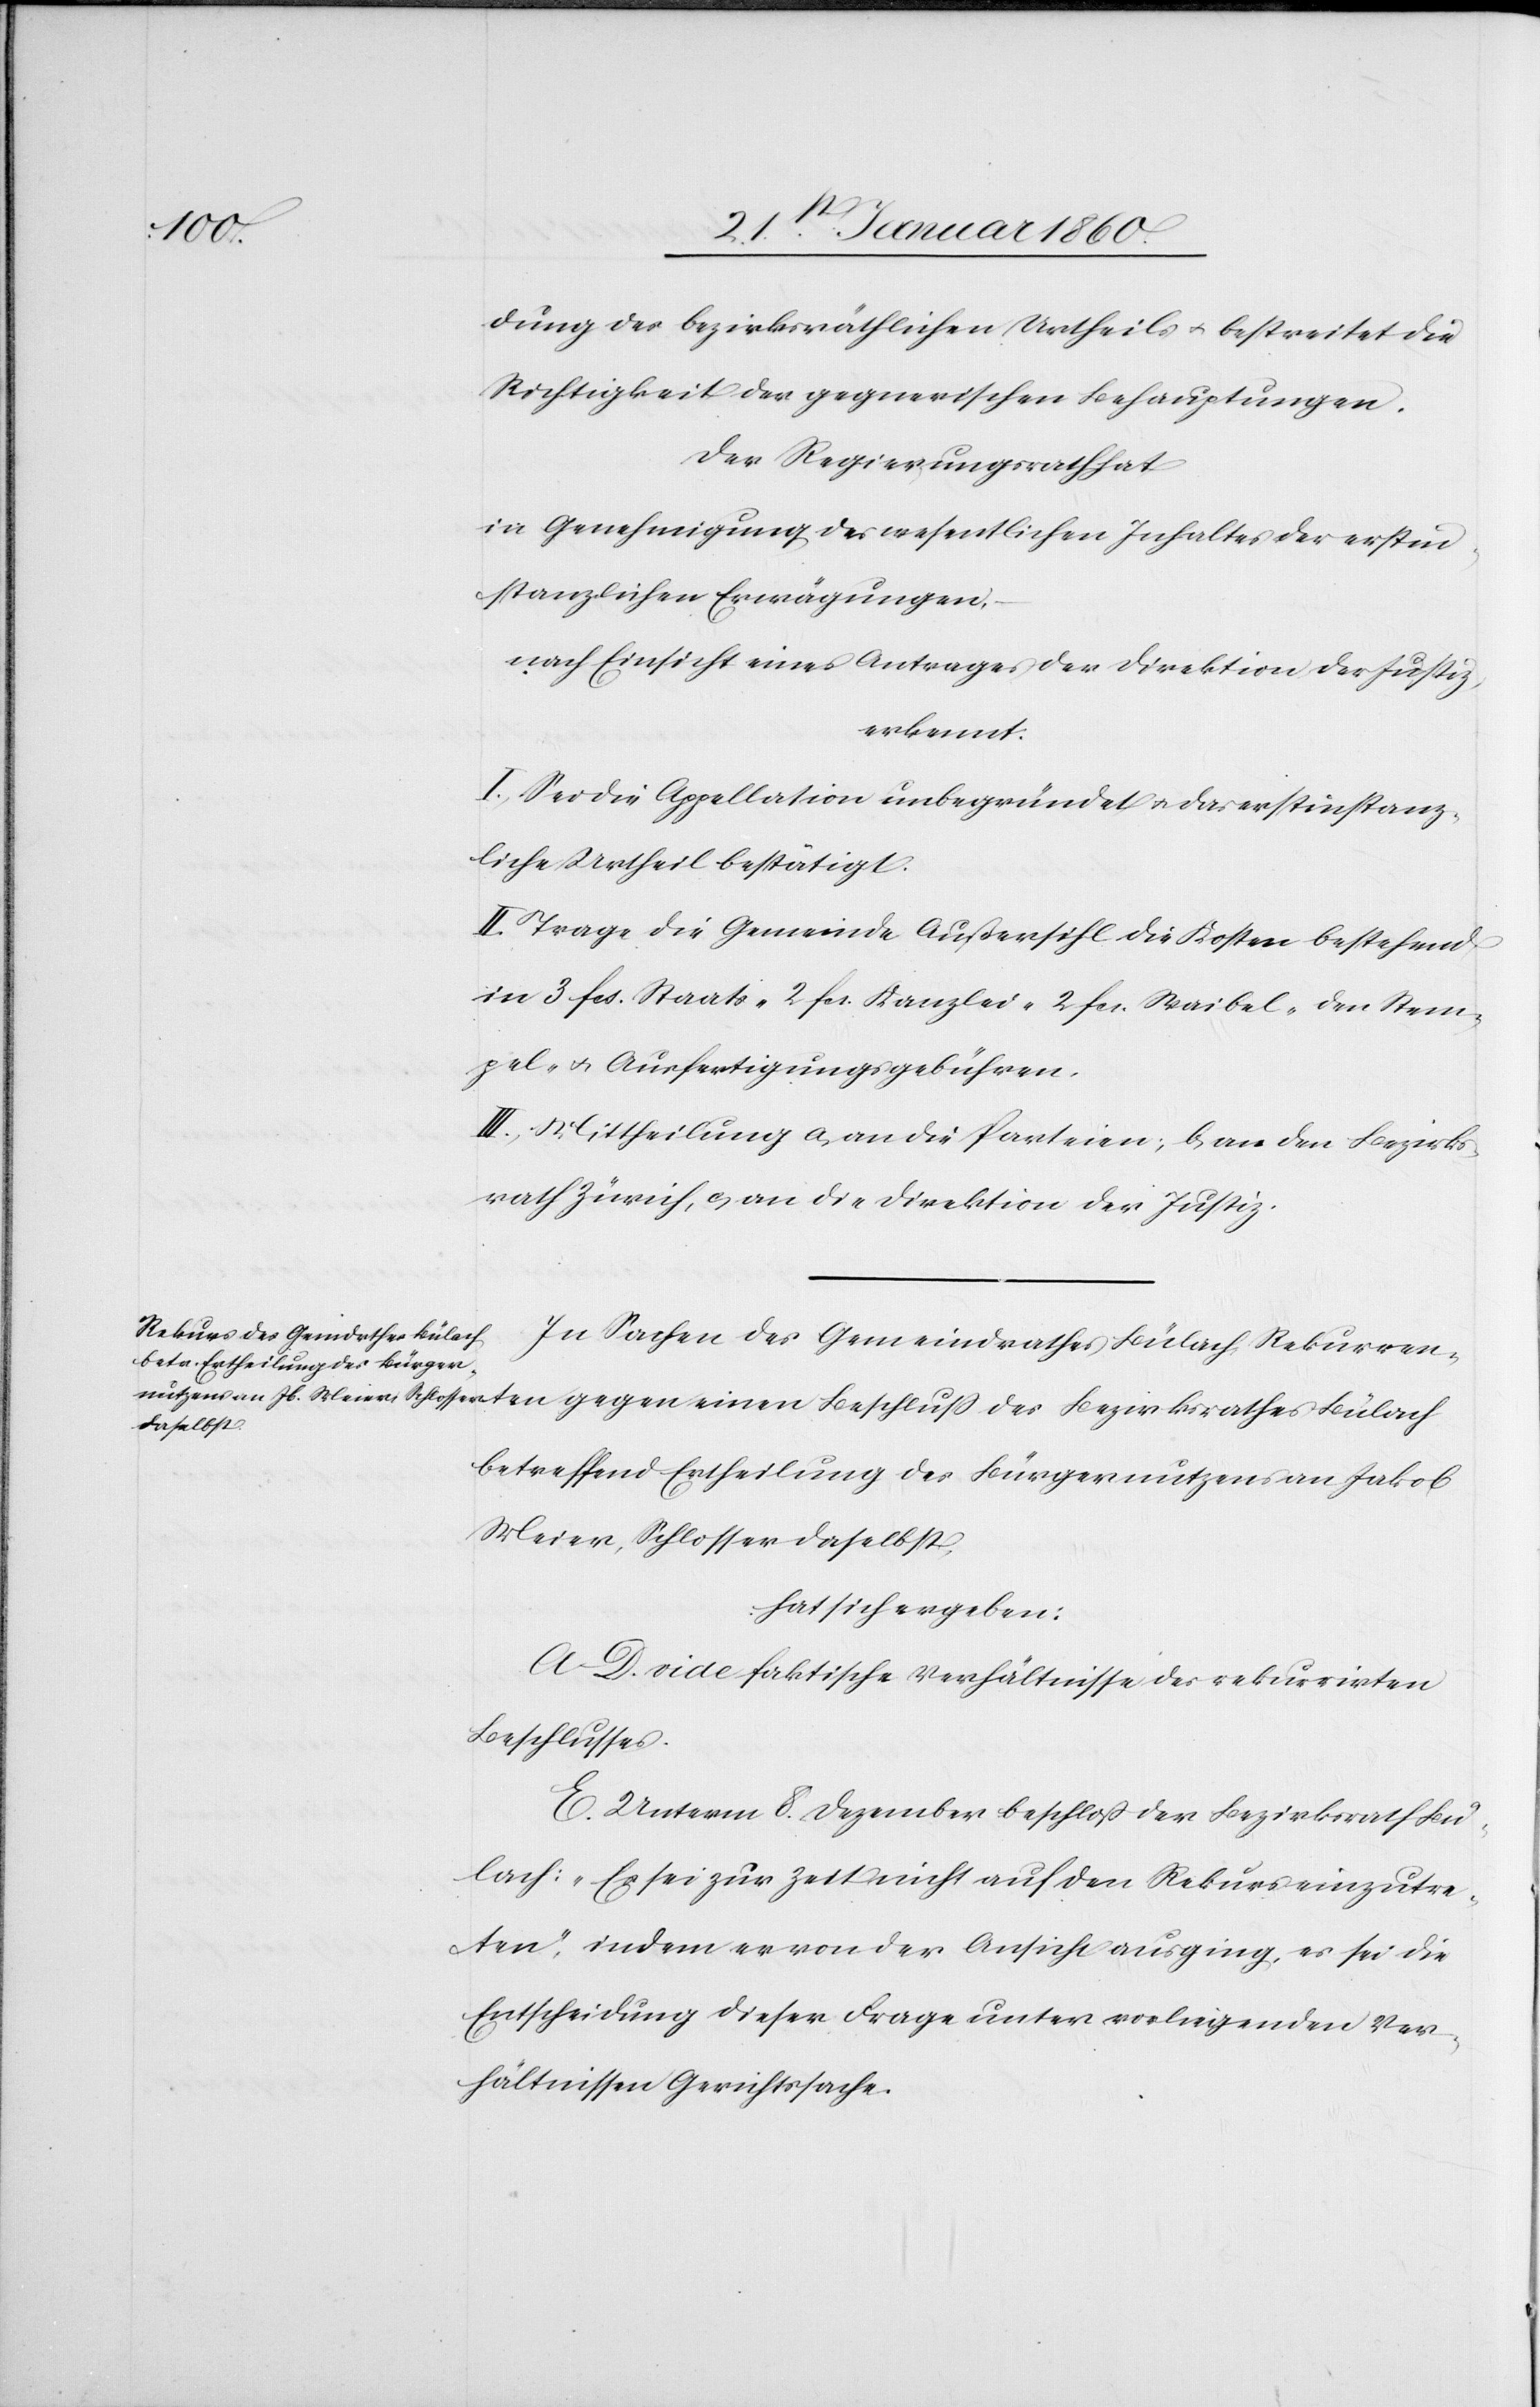
dung des bezirksräthlichen Urtheils u. bestreitet die
Wichtigkeit der gegnerischen Behauptungen.
der Regierungsrath hat
in Genehmigung des wesentlichen Inhaltes der erstin¬
stanzlichen Erwägungen
nach Einsicht eines Antrages der Direktion der Justiz
erkennt:
I. Sei die Appellation unbegründet u. das erstinstanz¬
liche Urtheil bestätigt.
II. Trage die Gemeinde Außersihl die Kosten bestehend
in 3. fcs. Staats- 2. fcs. Kanzlei- 2. fcs. Waibel- den Stem¬
pel- u. Ausfertigungsgebühren.
III. Mittheilung a, an die Parteien, b an den Bezirks¬
rath Zürich, c. an die Direktion der Justiz.
In Sachen des Gemeindrathes Bülach, Rekurrenten
betreffend Ertheilung des Bürgernutzens an Jakob
Meier, Schlosser daselbst,
hat sich ergeben:
A.–D. vide faktische Verhältnisse des rekurrirten
Beschlusses.
E. Unterm 8. Dezember beschloß der Bezirksrath Bü¬
lach: „Es sei zur Zeit nicht auf den Rekurs einzutre¬
ten“ indem er von der Ansicht ausging, es sei die
Entscheidung dieser Frage unter vorliegenden Ver¬
hältnissen Gerichtssache.